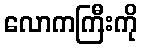
လောကကြီးကို